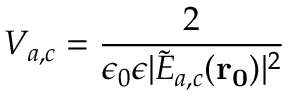
V _ { a , c } = \frac { 2 } { \epsilon _ { 0 } \epsilon | \tilde { E } _ { a , c } ( \mathbf { r _ { 0 } } ) | ^ { 2 } }